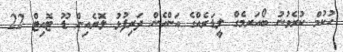
ހުކުމް ކުރެވުނު ބޯއަރމެގް ލީޑަރެއްގެ އަންހެން ދަރިފުޅު ލޮރެއިން ޑޫ ޓޮއިޓް 22